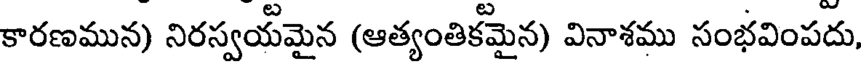
కారణమున) నిరస్వయమైన (ఆత్యంతికమైన) వినాశము సంభవింపదు,